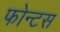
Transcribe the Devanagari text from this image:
फोन्टस